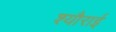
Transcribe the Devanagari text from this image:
श्यौराई